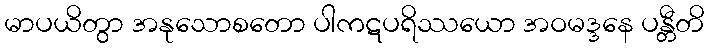
မာပယိတွာ အနုသောစတော ပါကဋပရိဿယော အဝမဒ္ဒနေ ပန္တီတိ